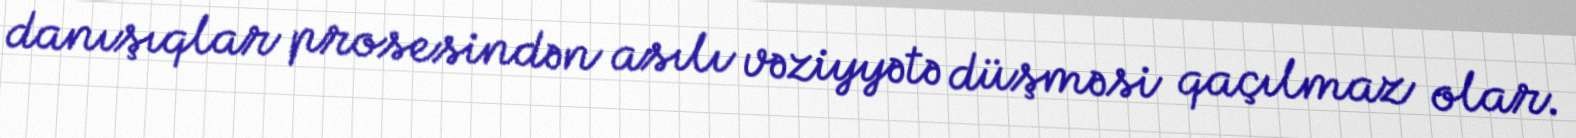
danışıqlar prosesindən asılı vəziyyətə düşməsi qaçılmaz olar.